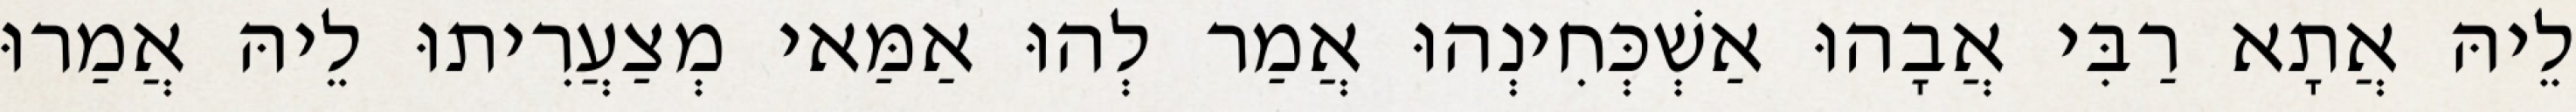
לֵיהּ אֲתָא רַבִּי אֲבָהוּ אַשְׁכְּחִינְהוּ אֲמַר לְהוּ אַמַּאי מְצַעֲרִיתוּ לֵיהּ אֲמַרוּ